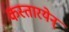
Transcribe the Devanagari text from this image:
कस्तारयेन्